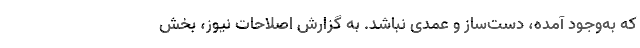
که به‌وجود آمده، دست‌ساز و عمدی نباشد. به گزارش اصلاحات نیوز، بخش